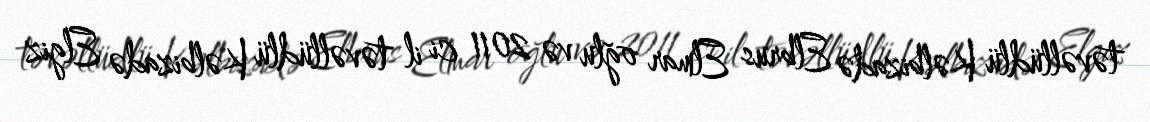
təvəllüdlü Kəlbizadə Elbrus Elmar oğlu və 2011 ci il təvəllüdlü Kəlbizadə Elgiz